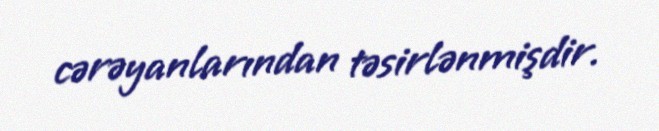
cərəyanlarından təsirlənmişdir.